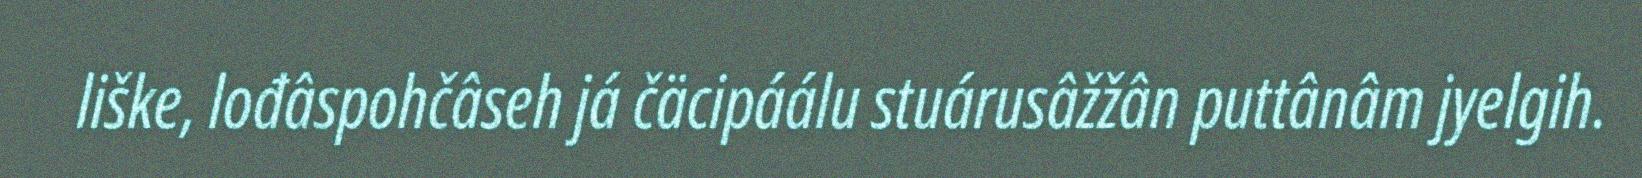
liške, lođâspohčâseh já čäcipáálu stuárusâžžân puttânâm jyelgih.